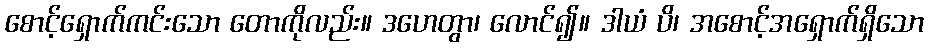
စောင့်ရှောက်ကင်းသော တောကိုလည်း။ ဒဟေတွာ၊ လောင်၍။ ဒါယံ ပိ၊ အစောင့်အရှောက်ရှိသော